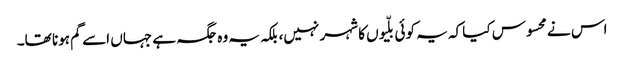
اس نے محسوس کیا کہ یہ کوئی بلّیوں کا شہر نہیں، بلکہ یہ وہ جگہ ہے جہاں اسے گم ہونا تھا۔